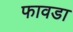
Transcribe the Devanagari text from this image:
फावडा